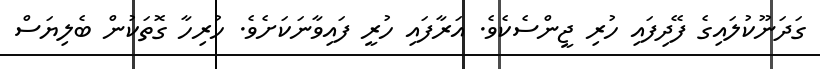
ގަދަނޫކުލައިގެ ފޭދިފައި ހުރި ޖީންސެކެވެ. އަރާފައި ހުރީ ފައިވާނަކަށެވެ. ހުރިހާ ގޮތަކުން ބެލިޔަސް